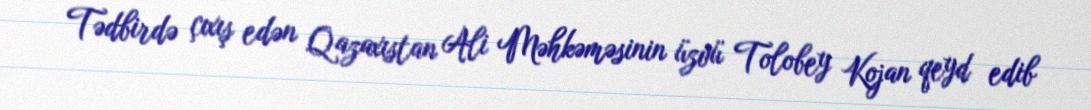
Tədbirdə çıxış edən Qazaxıstan Ali Məhkəməsinin üzvü Tolobey Kojan qeyd edib